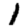
Digit: 1